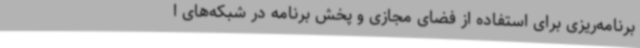
برنامه‌ریزی برای استفاده از فضای مجازی و پخش برنامه در شبکه‌های ا